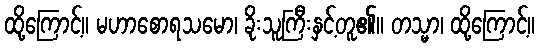
ထို့ကြောင့်။ မဟာစောရသမော၊ ခိုးသူကြီးနှင့်တူ၏။ တသ္မာ၊ ထို့ကြောင့်။